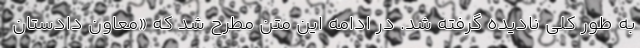
به طور کلی نادیده گرفته شد. در ادامه این متن مطرح شد که «معاون دادستان